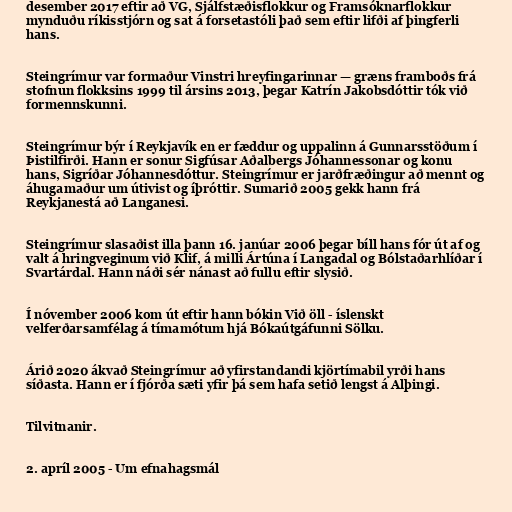
desember 2017 eftir að VG, Sjálfstæðisflokkur og Framsóknarflokkur
mynduðu ríkisstjórn og sat á forsetastóli það sem eftir lifði af þingferli
hans.

Steingrímur var formaður Vinstri hreyfingarinnar — græns framboðs frá
stofnun flokksins 1999 til ársins 2013, þegar Katrín Jakobsdóttir tók við
formennskunni.

Steingrímur býr í Reykjavík en er fæddur og uppalinn á Gunnarsstöðum í
Þistilfirði. Hann er sonur Sigfúsar Aðalbergs Jóhannessonar og konu
hans, Sigríðar Jóhannesdóttur. Steingrímur er jarðfræðingur að mennt og
áhugamaður um útivist og íþróttir. Sumarið 2005 gekk hann frá
Reykjanestá að Langanesi.

Steingrímur slasaðist illa þann 16. janúar 2006 þegar bíll hans fór út af og
valt á hringveginum við Klif, á milli Ártúna í Langadal og Bólstaðarhlíðar í
Svartárdal. Hann náði sér nánast að fullu eftir slysið.

Í nóvember 2006 kom út eftir hann bókin Við öll - íslenskt
velferðarsamfélag á tímamótum hjá Bókaútgáfunni Sölku.

Árið 2020 ákvað Steingrímur að yfirstandandi kjörtímabil yrði hans
síðasta. Hann er í fjórða sæti yfir þá sem hafa setið lengst á Alþingi.

Tilvitnanir.

2. apríl 2005 - Um efnahagsmál